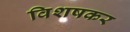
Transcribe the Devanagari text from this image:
विशषकर